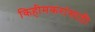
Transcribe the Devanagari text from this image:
किहीमकरांसाठी